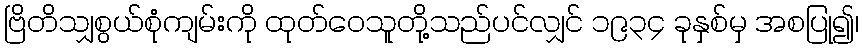
ဗြိတိသျှစွယ်စုံကျမ်းကို ထုတ်ဝေသူတို့သည်ပင်လျှင် ၁၉၃၄ ခုနှစ်မှ အစပြု၍၊